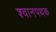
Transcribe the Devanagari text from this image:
श्वानपथक